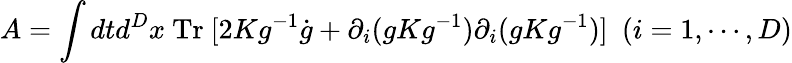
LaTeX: A=\int dtd^{D}x\mathrm{~Tr~}[2Kg^{-1}\dot{g}+\partial_{i}(gKg^{-1})\partial_{i}(gKg^{-1})]~~(i=1,\cdots,D)